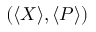
( \langle X \rangle , \langle P \rangle )